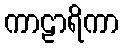
ကာဠာရိကာ